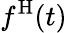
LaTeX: f^{\mathrm{H}}(t)